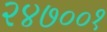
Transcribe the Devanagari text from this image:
२४७००१